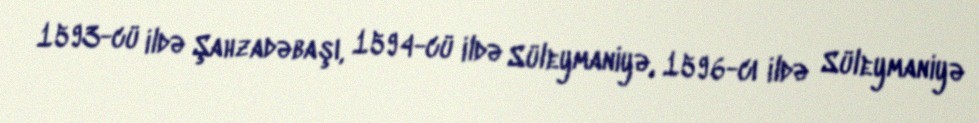
1593-cü ildə Şahzadəbaşı, 1594-cü ildə Süleymaniyə, 1596-cı ildə Süleymaniyə